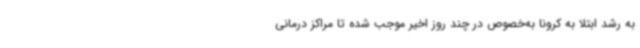
به رشد ابتلا به کرونا به‌خصوص در چند روز اخیر موجب شده تا مراکز درمانی